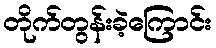
တိုက်တွန်းခဲ့ကြောင်း